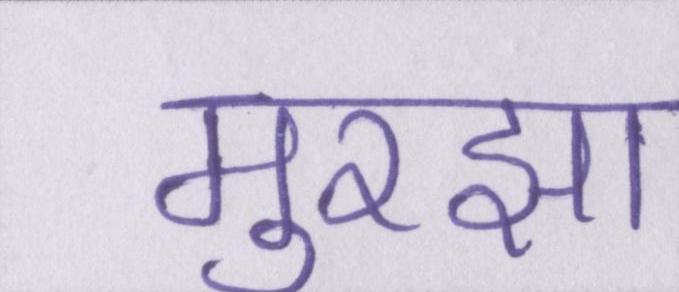
मुरझा